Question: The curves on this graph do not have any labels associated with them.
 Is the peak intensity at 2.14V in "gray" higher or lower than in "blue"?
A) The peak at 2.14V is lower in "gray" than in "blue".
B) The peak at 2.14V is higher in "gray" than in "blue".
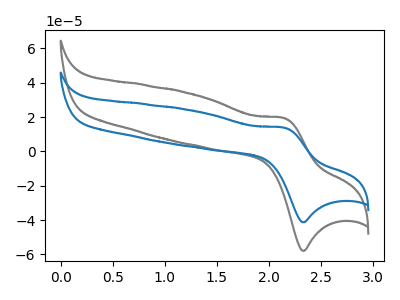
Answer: <think>The gray curve "gray" has an anodic peak at (2.15V, 19.40uA) and a cathodic peak at (2.35V, -57.85uA). The blue curve "blue" has an anodic peak at (2.15V, 13.85uA) and a cathodic peak at (2.35V, -41.20uA).</think>
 <answer>B) The peak at 2.14V is higher in "gray" than in "blue".</answer>
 <eval>B</eval>